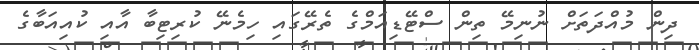
ދިން މުއްދަތަށް ނުނިމޭ ތިން ސްޓޭޑިއަމްގެ ތެރޭގައި ހިމެނޭ ކުރިޓިބާ އާއި ކުއިއަބާގެ